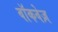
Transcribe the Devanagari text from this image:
वॉकवेज़